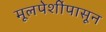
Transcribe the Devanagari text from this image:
मूलपेशींपासून